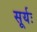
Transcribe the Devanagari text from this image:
सूर्यः